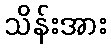
သိန်းအား